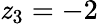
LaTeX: \mathit{z}_{3}=-2